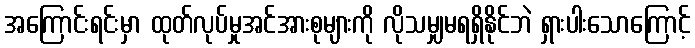
အကြောင်းရင်းမှာ ထုတ်လုပ်မှုအင်အားစုများကို လိုသမျှမရရှိနိုင်ဘဲ ရှားပါးသောကြောင့်